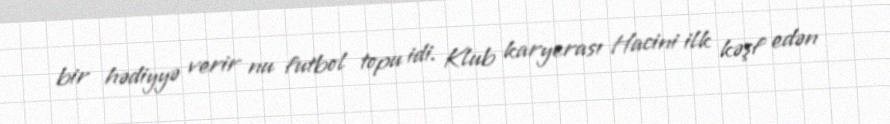
bir hədiyyə verir nu futbol topu idi. Klub karyerası Hacini ilk kəşf edən